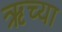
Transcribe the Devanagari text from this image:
ऋच्या